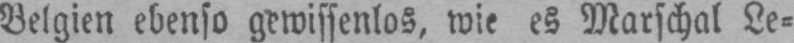
Belgien ebenso gewissenlos, wie es Marschal Le⸗